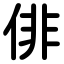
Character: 俳